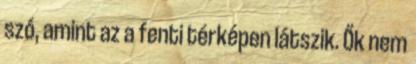
szó, amint az a fenti térképen látszik. Ők nem